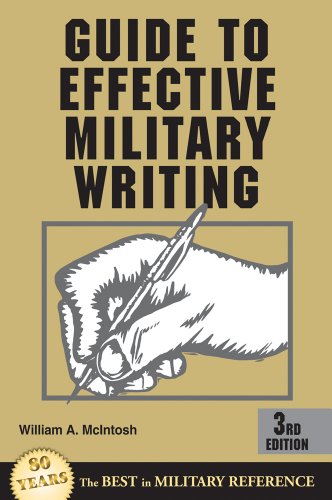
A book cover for Guide to Effective Military Writing: 3rd Edition; William A. McIntosh; Reference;